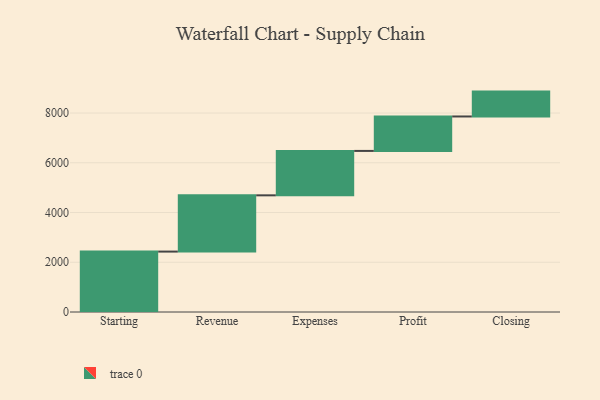
{"axis": {"x": "Step", "y": "Value"}, "legend": [""], "data": [{"x": "Starting", "y": 2429.0, "type": ""}, {"x": "Revenue", "y": 2262.0, "type": ""}, {"x": "Expenses", "y": 1786.0, "type": ""}, {"x": "Profit", "y": 1385.0, "type": ""}, {"x": "Closing", "y": 1000, "type": ""}]}